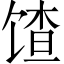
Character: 馇